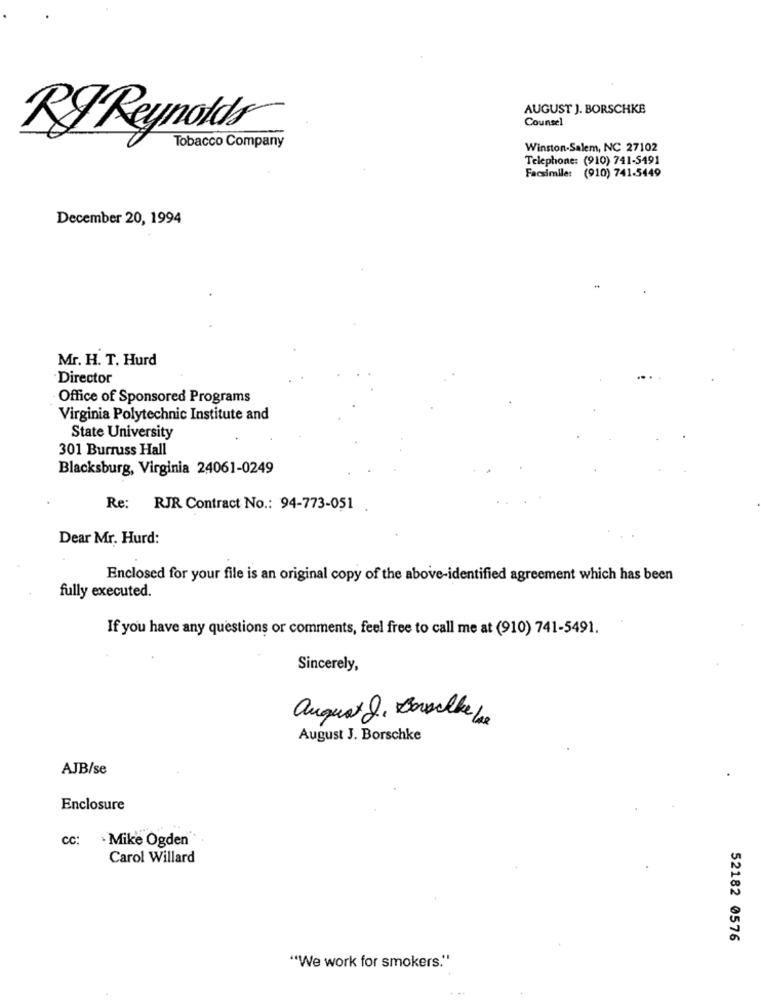
AUGUST J. BORSCHKB
Counsel
RJ Reynolds
Tobacco Company
Winston-Salem, NC 27102
Telephone: (910) 741-5491
Facsimile: (910) 741-5449
December 20, 1994
Mr. H. T. Hurd
Director
Office of Sponsored Programs
Virginia Polytechnic Institute and
State University
301 Burruss Hall
Blacksburg, Virginia 24061-0249
Re: RJR Contract No .: 94-773-051
Dear Mr. Hurd:
Enclosed for your file is an original copy of the above-identified agreement which has been
fully executed.
If you have any questions or comments, feel free to call me at (910) 741-5491.
Sincerely,
august J. Borsele Le
August J. Borschke
AJB/se
Enclosure
. Mike Ogden
Carol Willard
52182 0576
"We work for smokers."